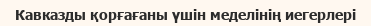
Кавказды қорғағаны үшін меделінің иегерлері